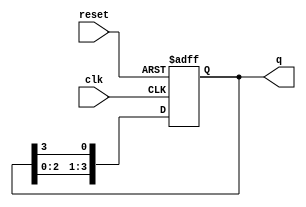
module ring_counter (
    input wire clk,      // Clock signal
    input wire reset,    // Asynchronous reset
    output reg [3:0] q   // 4-bit output representing the current state
);

    // State transition logic
    always @(posedge clk or posedge reset) begin
        if (reset) begin
            // Asynchronous reset to State 0 (0001)
            q <= 4'b0001;
        end else begin
            // Ring counter logic
            q <= {q[2:0], q[3]}; // Shift left, with the last bit fed back to the first
        end
    end

endmodule